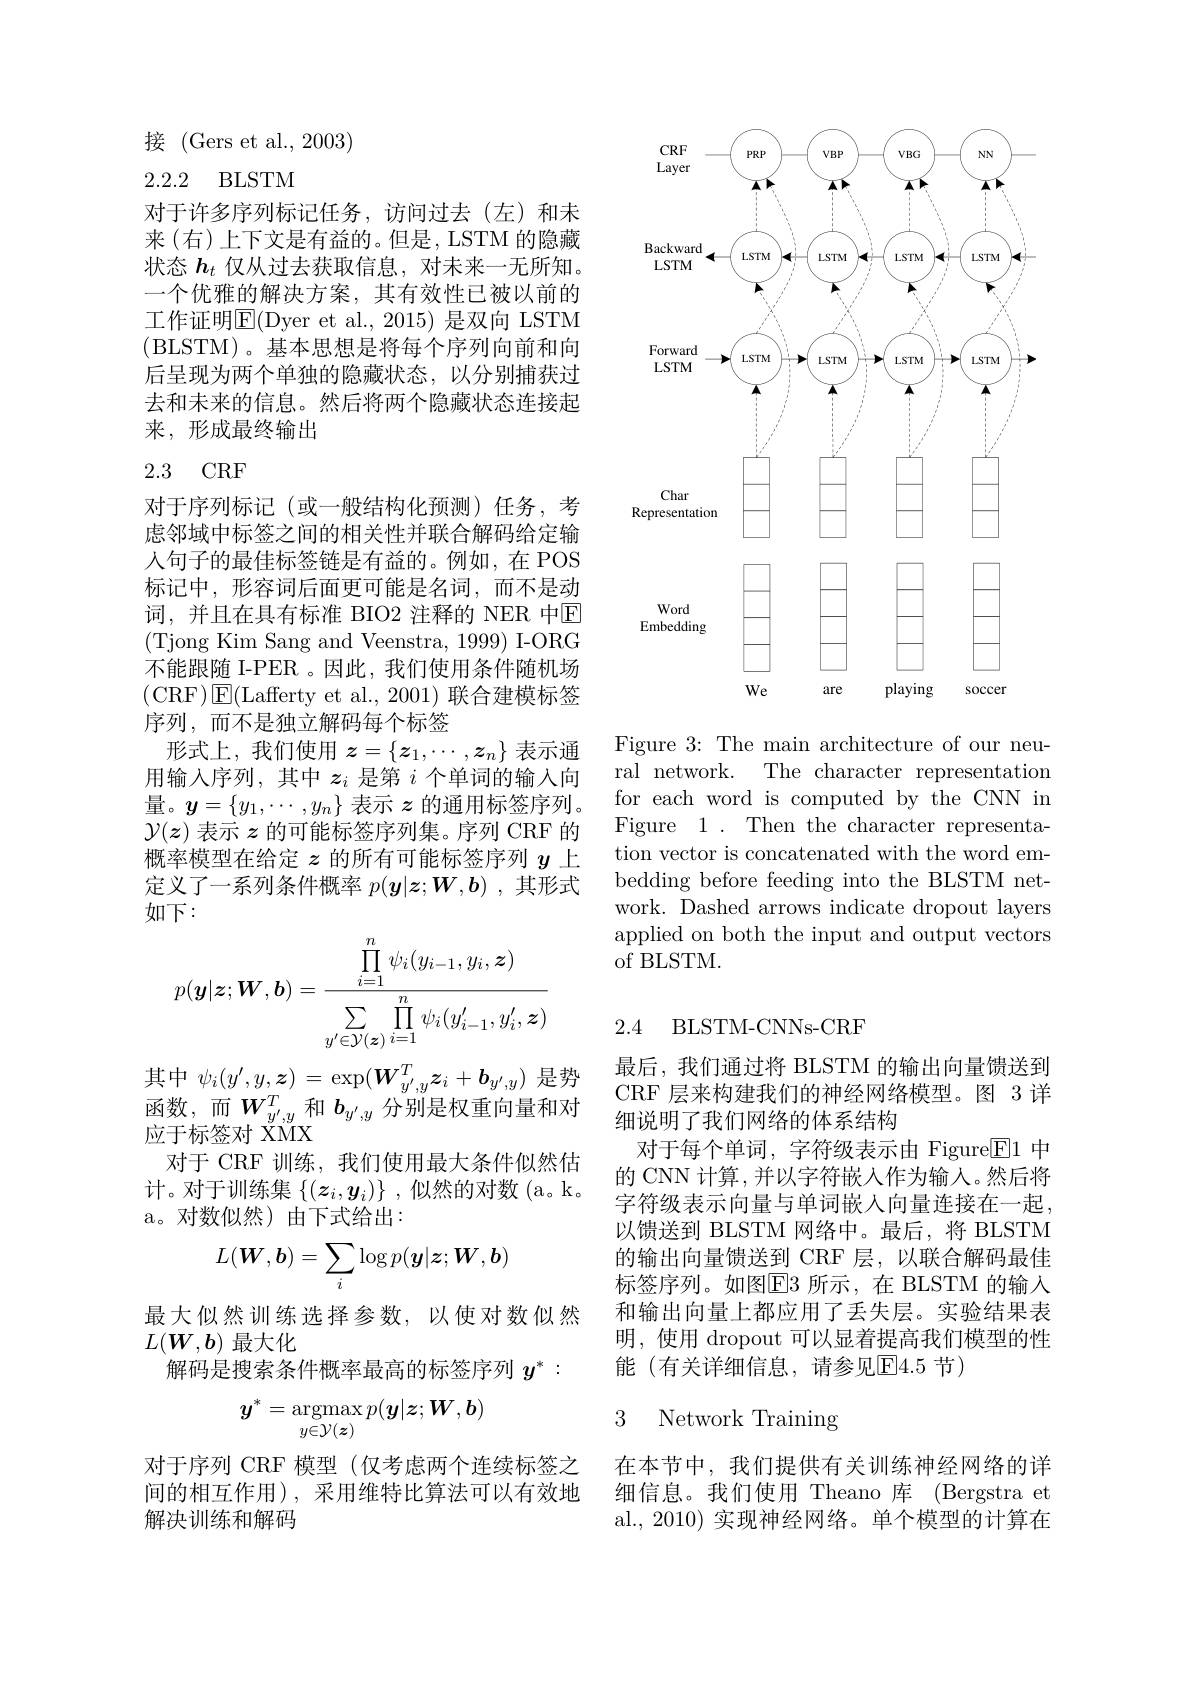
接(Gers et al.,2003)

2.2.2 BLSTM

对于许多序列标记任务，访问过去(左)和未来(右)上下文是有益的。但是，LSTM 的隐藏状态$h_t$仅从过去获取信息，对未来一无所知。一个优雅的解决方案，其有效性已被以前的工作证明$\overline{\mathrm{E}}($Dyer et al., 2015) 是双向 LSTM (BLSTM)。基本思想是将每个序列向前和向后呈现为两个单独的隐藏状态，以分别捕获过去和未来的信息。然后将两个隐藏状态连接起来，形成最终输出

## 2.3 CRF

对于序列标记(或一般结构化预测)任务，考虑邻域中标签之间的相关性并联合解码给定输人句子的最佳标签链是有益的。例如，在 POS 标记中，形容词后面更可能是名词，而不是动词，并且在具有标准 BIO2 注释的 NER 中$\mathbb{E}$ (Tjong Kim Sang and Veenstra, 1999) I-ORG 不能跟随 I-PER 。因此，我们使用条件随机场(CRF$)\boxtimes$E(Lafferty et al., 2001) 联合建模标签序列，而不是独立解码每个标签
形式上，我们使用$z=\{z_1,\cdots,z_n\}$表示通用输入序列，其中$z_i$是第$i$个单词的输入向量。$y=\{y_1,\cdots,y_n\}$表示$z$的通用标签序列。$\mathcal{Y}(z)$表示$z$的可能标签序列集。序列 CRF 的概率模型在给定$z$的所有可能标签序列$y$上定义了一系列条件概率$p(\boldsymbol{y}|\boldsymbol{z};\boldsymbol{W},\boldsymbol{b})$ ,其形式如下：
$$p(\boldsymbol{y}|\boldsymbol{z};\boldsymbol{W},\boldsymbol{b})=\frac{\prod\limits_{i=1}^n\psi_i(y_{i-1},y_i,\boldsymbol{z})}{\sum\limits_{y'\in\mathcal{Y}(\boldsymbol{z})}\prod\limits_{i=1}^n\psi_i(y_{i-1}',y_i',\boldsymbol{z})}$$
其中$\psi_i(y^{\prime},y,\boldsymbol{z})=\exp(\boldsymbol{W}_{y^{\prime},y}^T\boldsymbol{z}_i+\boldsymbol{b}_{y^{\prime},y})$是势函数，而$\boldsymbol{W}_y^{\prime},y^T$和$\boldsymbol{b}_{y^{\prime},y}$分别是权重向量和对应于标签对 XMX
对于 CRF 训练，我们使用最大条件似然估计。对于训练集$\{(z_i,y_i)\}$ ,似然的对数 (a。k. a。对数似然)由下式给出：
$$L(\boldsymbol{W},\boldsymbol{b})=\sum_i\log p(\boldsymbol{y}|\boldsymbol{z};\boldsymbol{W},\boldsymbol{b})$$
最大似然训练选择参数，以使对数似然
$L(\boldsymbol{W},\boldsymbol{b})$最大化
解码是搜索条件概率最高的标签序列$y^*:$
$$y^*=\underset{y\in\mathcal{Y}(\boldsymbol{z})}{\operatorname*{argmax}}p(\boldsymbol{y}|\boldsymbol{z};\boldsymbol{W},\boldsymbol{b})$$
对于序列 CRF 模型(仅考虑两个连续标签之间的相互作用),采用维特比算法可以有效地解决训练和解码

<FigureHere>

Figure 3: The main architecture of our neural network. The character representation for each word is computed by the CNN in Figure 1. Then the character representation vector is concatenated with the word embedding before feeding into the BLSTM network. Dashed arrows indicate dropout layers applied on both the input and output vectors of BLSTM.

## BLSTM- CNNs- CRF

2.4

最后，我们通过将 BLSTM 的输出向量馈送到CRF 层来构建我们的神经网络模型。图 3 详细说明了我们网络的体系结构
对于每个单词，字符级表示由 Figure$\boxed{\mathrm{E}}1$中的 CNN 计算，并以字符嵌入作为输人。然后将字符级表示向量与单词嵌入向量连接在一起， 以馈送到 BLSTM 网络中。最后，将 BLSTM 的输出向量馈送到 CRF 层，以联合解码最佳标签序列。如图$\overline{\mathrm{E}}3$ 所示，在 BLSTM 的输入和输出向量上都应用了丢失层。实验结果表明，使用 dropout 可以显着提高我们模型的性能(有关详细信息，请参见E4.5节)

# 3 Network Training

在本节中，我们提供有关训练神经网络的详细信息。我们使用 Theano 库 (Bergstra et al., 2010) 实现神经网络。单个模型的计算在